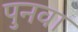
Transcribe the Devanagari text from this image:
पुनवा